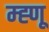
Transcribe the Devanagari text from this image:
म्ह्णू